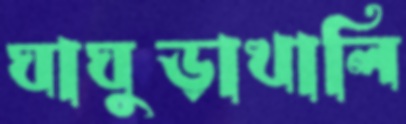
ঘাঘুড়াখালি